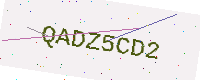
Text: QADZ5CD2